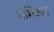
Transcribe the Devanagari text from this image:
नेमिअन